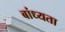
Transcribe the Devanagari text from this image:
बांध्यता